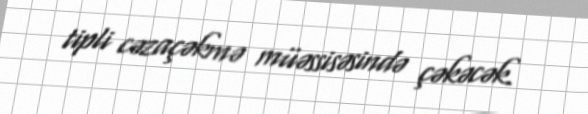
tipli cəzaçəkmə müəssisəsində çəkəcək.